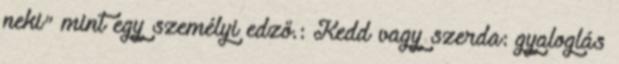
neki" mint egy személyi edző.: Kedd vagy szerda: gyaloglás